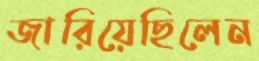
জারিয়েছিলেন